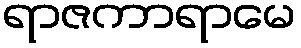
ရာဇကာရာမေ